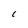
Character: C